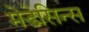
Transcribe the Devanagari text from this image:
मेडेसिन्स